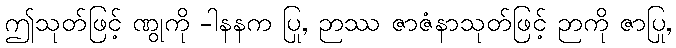
ဤသုတ်ဖြင့် ဏွုကို -ါနနက ပြု, ဉာဿ ဇာဇံနာသုတ်ဖြင့် ဉာကို ဇာပြု,